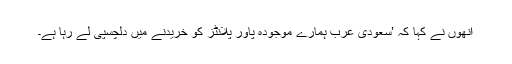
انھوں نے کہا کہ ’سعودی عرب ہمارے موجودہ پاور پلانٹز کو خریدنے میں دلچسپی لے رہا ہے۔